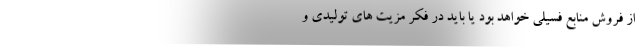
از فروشِ منابع فسیلی خواهد بود یا باید در فکرِ مزیت های تولیدی و